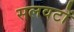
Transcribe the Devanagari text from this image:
सलवटों